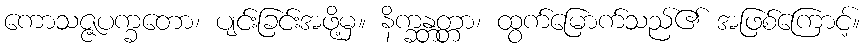
ကောသဇ္ဇပက္ခတော၊ ပျင်းခြင်းအဖို့မှ။ နိက္ခန္တတ္တာ၊ ထွက်မြောက်သည်၏ အဖြစ်ကြောင့်။